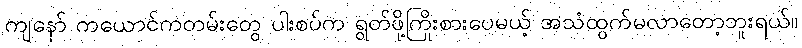
ကျနော် ကယောင်ကတမ်းတွေ ပါးစပ်က ရွတ်ဖို့ကြိုးစားပေမယ့် အသံထွက်မလာတော့ဘူးရယ်။